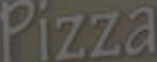
Pizza